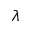
\lambda